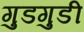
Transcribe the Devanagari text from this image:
गुडगुडी